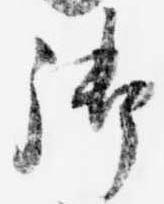
御